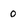
Character: 0